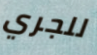
للجري